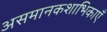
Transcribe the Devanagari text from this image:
असमानकशाभिकाएँ